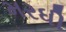
મરધી